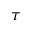
\tau